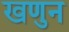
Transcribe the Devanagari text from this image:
खणुन